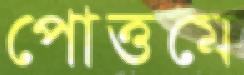
পোত্তমে